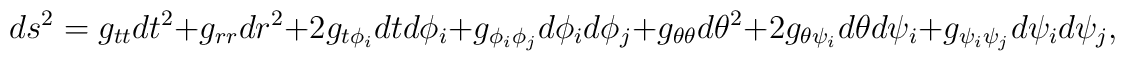
ds^2=g_{tt}dt^2+g_{rr}dr^2+2g_{t\phi_i}dtd\phi_i+g_{\phi_i\phi_j}d\phi_id\phi_j+g_{\theta\theta}d\theta^2+2g_{\theta\psi_i}d\theta d\psi_i+g_{\psi_i\psi_j}d\psi_id\psi_j,